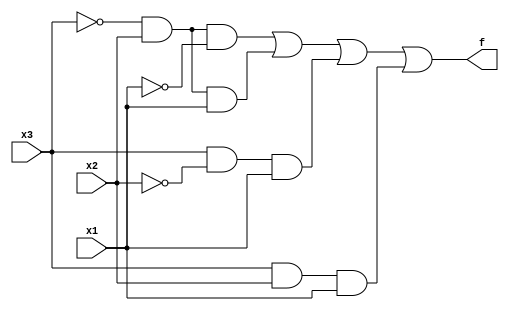
module top_module (
    input  x3,
    input  x2,
    input  x1,  // three inputs
    output f    // one output
);

  // sum of products form
  assign f = (~x3 & x2 & ~x1) | (~x3 & x2 & x1) | (x3 & ~x2 & x1) | (x3 & x2 & x1);

  // can be simplified by boolean algebra or kmap
  // assign f = (~x3 & x2) | (x3 & x1);

  // is a 2:1 mux
  // assign f = x3 ? x1 : x2;

endmodule